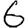
Digit: 6